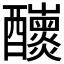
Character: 𨤁